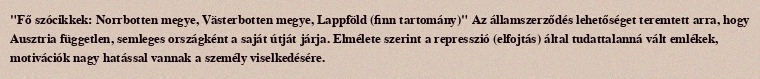
"Fő szócikkek: Norrbotten megye, Västerbotten megye, Lappföld (finn tartomány)" Az államszerződés lehetőséget teremtett arra, hogy Ausztria független, semleges országként a saját útját járja. Elmélete szerint a represszió (elfojtás) által tudattalanná vált emlékek, motivációk nagy hatással vannak a személy viselkedésére.